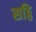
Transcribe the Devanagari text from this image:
सठ्ठि